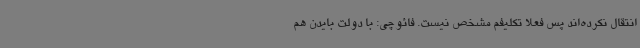
انتقال نکرده‌اند پس فعلا تکلیفم مشخص نیست. فائوچی: با دولت بایدن هم